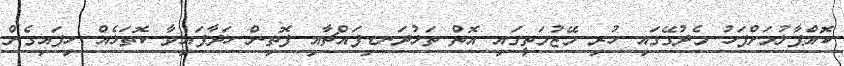
ކޮއްޕާލުމަށްފަހު މެދުގޭގައި ހުރި މޭޒުމަތީގައި އޮތް ތަޅުދަނޑިފައްޗާއި ފޮތިން ހަދާފައިވާ ކޮތަޅެއް ހިފައިގެން